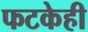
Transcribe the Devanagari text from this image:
फटकेही